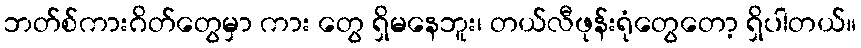
ဘတ်စ်ကားဂိတ်တွေမှာ ကား တွေ ရှိမနေဘူး၊ တယ်လီဖုန်းရုံတွေတော့ ရှိပါတယ်။